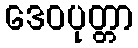
ဒေဝပုတ္တာ